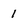
Character: 1